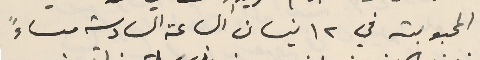
المحبوبة في ١٢ نيسان الساعة السادسة مساءً